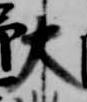
大